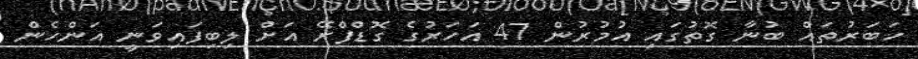
ހަބަރުތައް ބުނާ ގޮތުގައި އުމުރުން 47 އަހަރުގެ ގޮޑްފްރޭ އަށް ލިބިފައިވަނީ އަންހެން